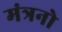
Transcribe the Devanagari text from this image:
मंत्रनो